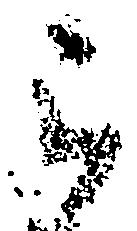
被